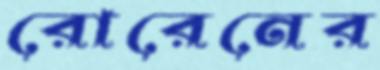
রোরেনের